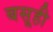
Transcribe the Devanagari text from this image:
बसूही